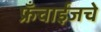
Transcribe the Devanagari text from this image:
फ्रँचाईजचे